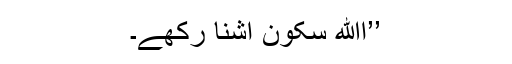
’’اﷲ سکون آشنا رکھے۔